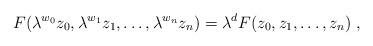
LaTeX: \begin{align*}F(\lambda^{w_0} z_0, \lambda^{w_1} z_1 , \ldots , \lambda^{w_n} z_n) =\lambda^d F(z_0, z_1, \ldots, z_n) \ ,\end{align*}